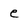
Character: e